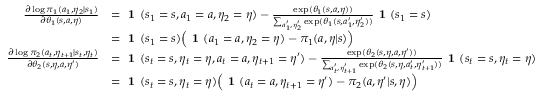
\begin{array} { r l } { \frac { \partial \log \pi _ { 1 } ( a _ { 1 } , \eta _ { 2 } | s _ { 1 } ) } { \partial \theta _ { 1 } ( s , a , \eta ) } } & { = \textbf { 1 } ( s _ { 1 } = s , a _ { 1 } = a , \eta _ { 2 } = \eta ) - \frac { \exp ( \theta _ { 1 } ( s , a , \eta ) ) } { \sum _ { a _ { 1 } ^ { \prime } , \eta _ { 2 } ^ { \prime } } \exp ( \theta _ { 1 } ( s , a _ { 1 } ^ { \prime } , \eta _ { 2 } ^ { \prime } ) ) } \textbf { 1 } ( s _ { 1 } = s ) } \\ & { = \textbf { 1 } ( s _ { 1 } = s ) \Big ( \textbf { 1 } ( a _ { 1 } = a , \eta _ { 2 } = \eta ) - \pi _ { 1 } ( a , \eta | s ) \Big ) } \\ { \frac { \partial \log \pi _ { 2 } ( a _ { t } , \eta _ { t + 1 } | s _ { t } , \eta _ { t } ) } { \partial \theta _ { 2 } ( s , \eta , a , \eta ^ { \prime } ) } } & { = \textbf { 1 } ( s _ { t } = s , \eta _ { t } = \eta , a _ { t } = a , \eta _ { t + 1 } = \eta ^ { \prime } ) - \frac { \exp ( \theta _ { 2 } ( s , \eta , a , \eta ^ { \prime } ) ) } { \sum _ { a _ { t } ^ { \prime } , \eta _ { t + 1 } ^ { \prime } } \exp ( \theta _ { 2 } ( s , \eta , a _ { t } ^ { \prime } , \eta _ { t + 1 } ^ { \prime } ) ) } \textbf { 1 } ( s _ { t } = s , \eta _ { t } = \eta ) } \\ & { = \textbf { 1 } ( s _ { t } = s , \eta _ { t } = \eta ) \Big ( \textbf { 1 } ( a _ { t } = a , \eta _ { t + 1 } = \eta ^ { \prime } ) - \pi _ { 2 } ( a , \eta ^ { \prime } | s , \eta ) \Big ) } \end{array}